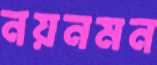
নয়নমন